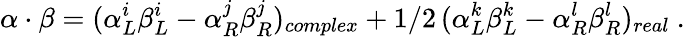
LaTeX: \alpha\cdot\beta=(\alpha_{L}^{i}\beta_{L}^{i}-\alpha_{R}^{j}\beta_{R}^{j})_{complex}+1/2\, (\alpha_{L}^{k}\beta_{L}^{k}-\alpha_{R}^{l}\beta_{R}^{l})_{real}\ .